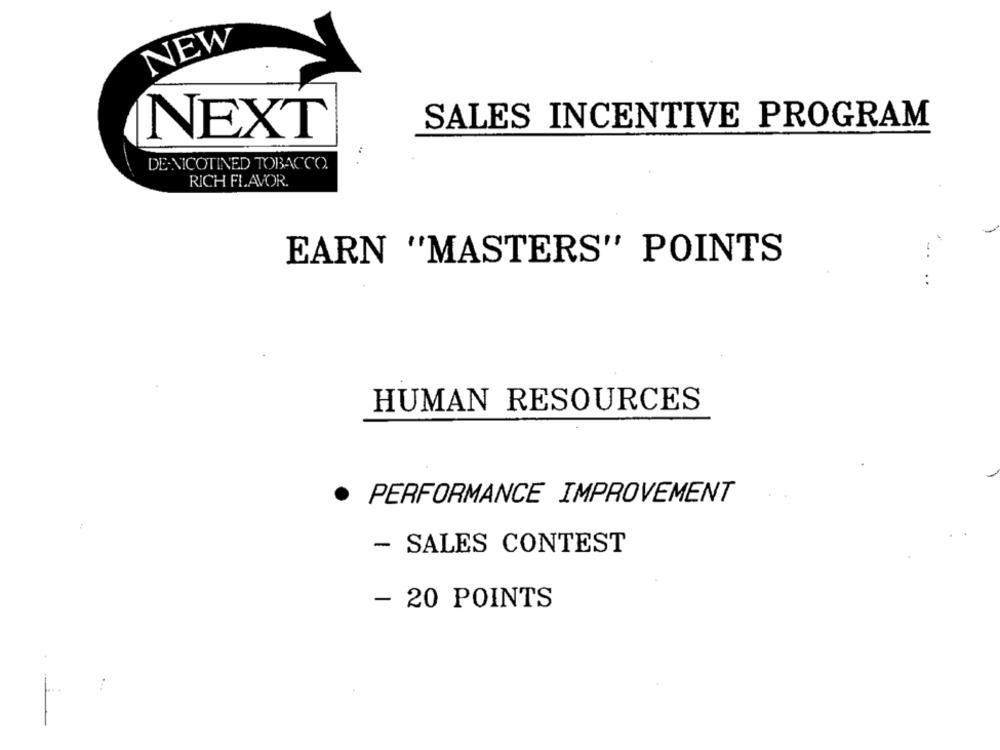
NEW
SALES INCENTIVE PROGRAM
NEXT
DE.NICOTINED TOBACCO.
RICH FLAVOR.
EARN "MASTERS" POINTS
:
HUMAN RESOURCES
PERFORMANCE IMPROVEMENT
- SALES CONTEST
- 20 POINTS